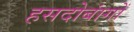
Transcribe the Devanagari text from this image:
हसदोबांगों